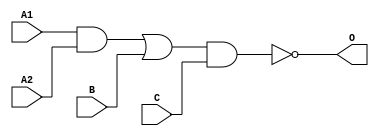
module MJG211A(A1, A2, B, C, O);
input   A1;
input   A2;
input   B;
input   C;
output  O;
and g0(w1, A1, A2);
or g1(w0, w1, B);
nand g2(O, w0, C);
endmodule